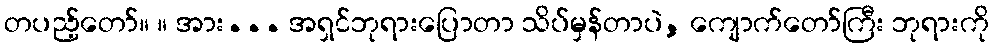
တပည့်တော်။ ။ အား... အရှင်ဘုရားပြောတာ သိပ်မှန်တာပဲ, ကျောက်တော်ကြီး ဘုရားကို